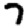
Digit: 7